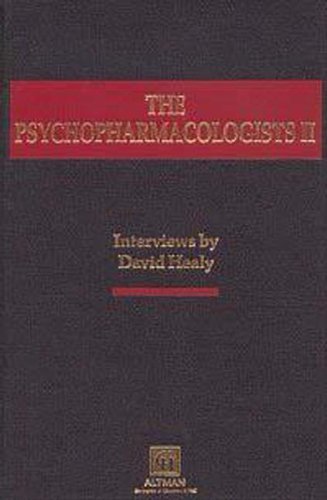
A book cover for The Psychopharmacologists 2 (v. 2); David Healy; Medical Books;